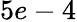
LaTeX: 5e-4